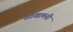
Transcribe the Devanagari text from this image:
शाखामनी